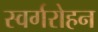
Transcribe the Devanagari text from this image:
स्वर्गरोहन